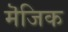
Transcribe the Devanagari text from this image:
मॆजिक